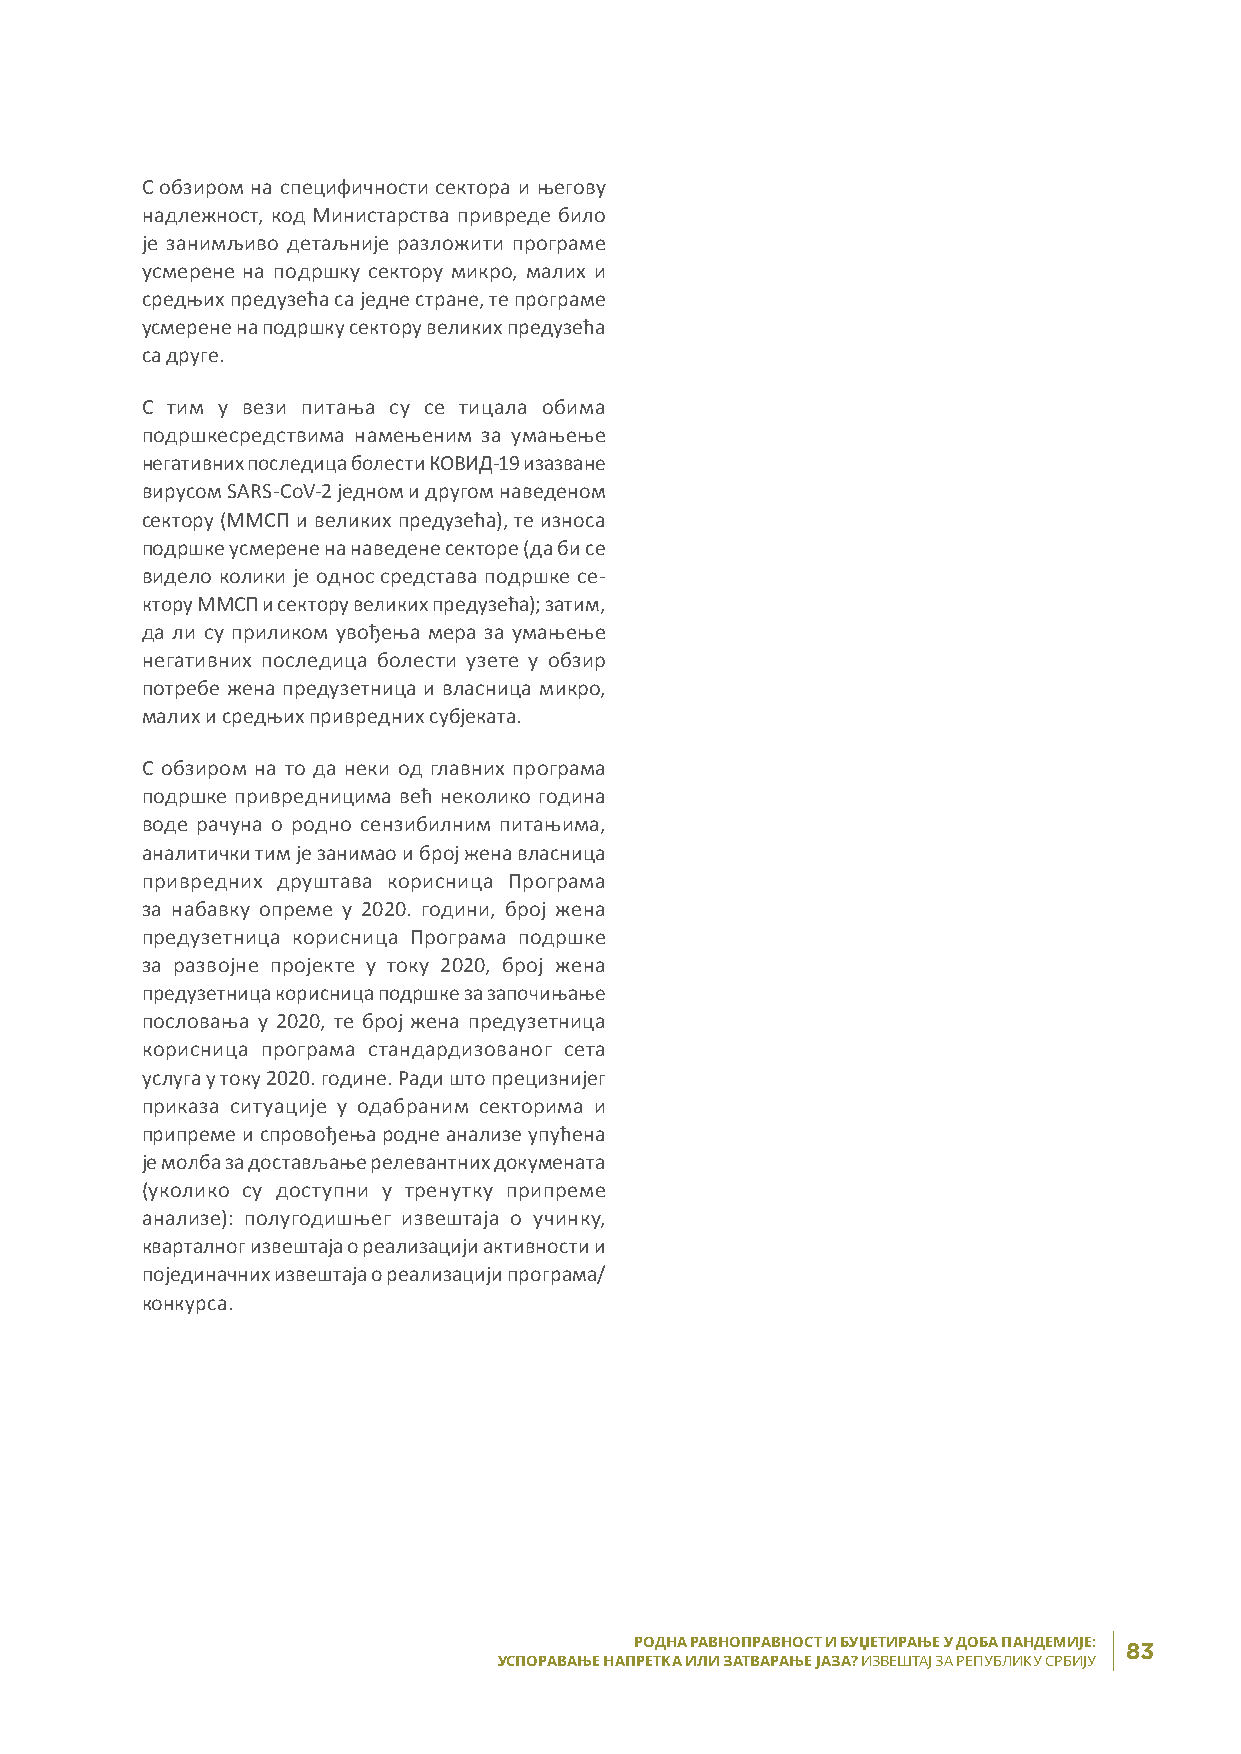
С обзиром на специфичности сектора и његову
 надлежност, код Министарства привреде било
 је занимљиво детаљније разложити програме
 усмерене на подршку сектору микро, малих и
 средњих предузећа са једне стране, те програме
 усмерене на подршку сектору великих предузећа
 са друге.
 С тим у вези питања су се тицала обима
 подршкесредствима намењеним за умањење
 негативних последица болести КОВИД-19 изазване
 вирусом SARS-CoV-2 једном и другом наведеном
 сектору (ММСП и великих предузећа), те износа
 подршке усмерене на наведене секторе (да би се
 видело колики је однос средстава подршке се-
 ктору ММСП и сектору великих предузећа); затим,
 да ли су приликом увођења мера за умањење
 негативних последица болести узете у обзир
 потребе жена предузетница и власница микро,
 малих и средњих привредних субјеката.
 С обзиром на то да неки од главних програма
 подршке привредницима већ неколико година
 воде рачуна о родно сензибилним питањима,
 аналитички тим је занимао и број жена власница
 привредних друштава корисница Програма
 за набавку опреме у 2020. години, број жена
 предузетница корисница Програма подршке
 за разво јне пројекте у току 2020, број жена
 предузетница корисница подршке за започињање
 пословања у 2020, те број жена предузетница
 корисница програма стандардизованог сета
 услуга у току 2020. године. Ради што прецизнијег
 приказа ситуације у одабраним секторима и
 припреме и спровођења родне анализе упућена
 је молба за достављање релевантних докумената
 (уколико су доступни у тренутку припреме
 анализе): полугодишњег извештаја о учинку,
 кварталног изве штаја о реализацији активности и
 појединачних извештаја о реализацији програма/
 конкурса.
 РОДНА РАВНОПРАВНОСТ И БУЏЕТИРАЊЕ У ДОБА ПАНДЕМИЈЕ : 83
 УСПОРАВАЊЕ НАПРЕТКА ИЛИ ЗАТВАРАЊЕ ЈАЗА? ИЗВЕШТАЈ ЗА РЕПУБЛИКУ СРБИЈУ